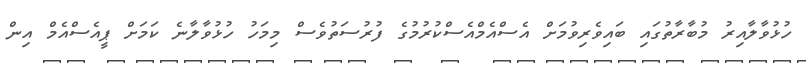
ހުޅުވާލާއިރު މުބާރާތުގައި ބައިވެރިވުމަށް އެސްއެމްއެސްކުރުމުގެ ފުރުސަތުވެސް މިމަހު ހުޅުވާލާނެ ކަމަށް ޕީއެސްއެމް އިން